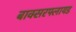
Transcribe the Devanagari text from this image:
बाक्सरफ्लायड